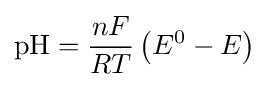
\mathrm {pH} ={\frac {nF}{RT}}\left(E^{0}-E\right)